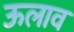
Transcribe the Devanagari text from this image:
ऊलाव